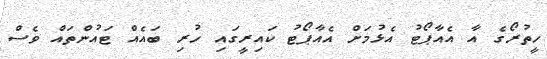
ހީތުރޯގެ އާ އެއާޕޯޓު އެޅުމަށް އެއާޕޯޓު ކައިރީގައި ހުރި ބައެއް ޓައުންތައް ވެސް